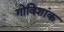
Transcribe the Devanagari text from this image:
गोविशांक